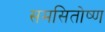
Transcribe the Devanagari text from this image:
समसितोष्ण